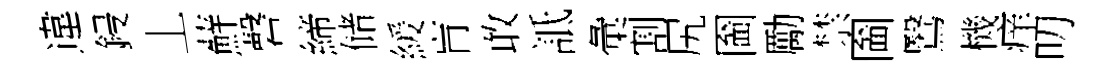
違鋟丄蘚磬締储緩肓敢詆彙割尻圗勵禁圗鷖機痒叨